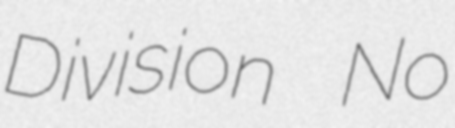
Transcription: Division No